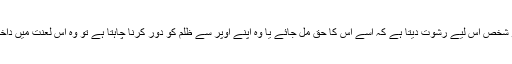
اور جو شخص اس لیے رشوت دیتا ہے کہ اسے اس کا حق مل جائے یا وہ اپنے اوپر سے ظلم کو دور کرنا چاہتا ہے تو وہ اس لعنت میں داخل نہیں۔